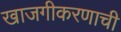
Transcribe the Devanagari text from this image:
खाजगीकरणाची